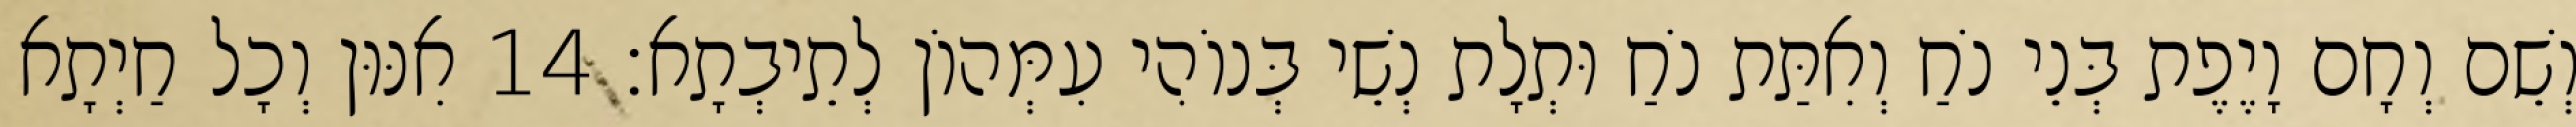
וְשֵׁם וְחָם וָיֶפֶת בְּנֵי נֹחַ וְאִתַּת נֹחַ וּתְלָת נְשֵׁי בְּנוֹהִי עִמְּהוֹן לְתֵיבְתָא׃ 14 אִנּוּן וְכָל חַיְתָא